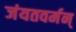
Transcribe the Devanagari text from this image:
जंयतवर्मन्